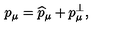
p _ { \mu } = \widehat { p } _ { \mu } + p _ { \mu } ^ { \bot } ,